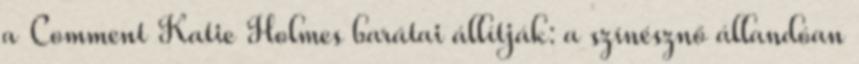
a Comment Katie Holmes barátai állítják: a színésznő állandóan